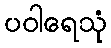
ပဝါရေသုံ